Report on sanitation, dispensaries, and jails in Rajputana for 1916, and on vaccination for the year 1916-1917 - 1916-1917
Year: 1916
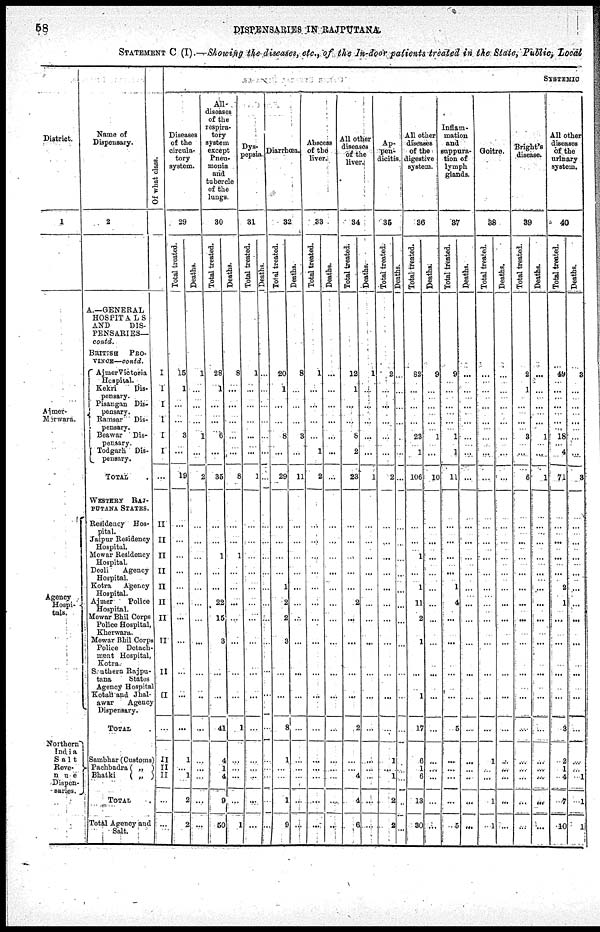
58
DISPENSARIES IN RAJPUTANA.
STATEMENT C (I).—Showing the diseases, etc., of the In-door patients treated in the State, Public, Local
District.
1
Ajmer-
Merwara.
Agency
Hospi-
tals.
Northern
India
Salt
Reve-
nue
Dispen-
saries.
Name of
Dispensary.
2
A.—GENERAL
HOSPITALS
AND
DIS-
PENSARIES—
contd.
BRITISH PRO-
VINCE—contd.
Ajmer Victoria
Hospital.
Kekri
Dis-
pensary.
Pisangan Dis-
pensary.
Ramsar Dis-
pensary.
Beawar Dis-
pensary.
Todgarh Dis-
pensary.
TOTAL .
WESTERN RAJ-
PUTANA STATES.
Residency Hos-
pital.
Jaipur Residency
Hospital.
Mewar Residency
Hospital.
Deoli
Agency
Hospital.
Kotra
Agency
Hospital.
Ajmer
Police
Hospital.
Mewar Bhil Corps
Police Hospital,
Kherwara.
Mewar Bhil Corps
Police Detach-
ment Hospital,
Kotra.
Southern Rajpu-
tana
States
Agency Hospital
Kotah and Jhal-
awar
Agency
Dispensary.
TOTAL .
Sambhar (Customs)
Pachbadra( „ )
Bhatki
( „ )
TOTAL .
Total Agency and
Salt.
Of what class.
I
I
1
I
I
I
...
II
II
II
II
II
II
II
--
II
II
...
II
II
II
...
...
SYSTEMIC
Diseases
of the
circula-
tory
system.
29
Total treated.
15
1
...
...
3
...
19
...
...
...
...
...
...
...
...
...
...
...
1
...
1
2
2
Deaths.
1
...
...
...
1
...
2
...
...
...
...
...
...
...
...
...
...
...
...
...
...
...
...
Al1-
diseases
of the
respira-
tory
system
except
Pneu-
monia
and
tubercle
of the
lungs.
30
Total treated.
28
1
...
...
6
...
35
...
...
1
...
...
22
15
3
...
...
41
4
1
4
9
50
Deaths.
8
...
...
...
...
...
8
...
...
1
...
...
...
...
...
...
...
1
...
...
...
...
1
Dys- pepsia.
31
Total treated.
1
...
...
...
...
...
1
...
...
...
...
...
...
...
...
...
...
...
...
...
...
...
...
Deaths.
...
...
...
...
...
...
...
...
...
...
...
...
...
...
...
...
...
...
...
...
...
...
...
Diarrhœa.
32
Total treated.
20
1
...
...
8
...
29
...
...
...
...
1
2
2
3
...
...
8
1
...
...
1
9
Deaths.
8
...
...
...
3
...
11
...
...
...
...
...
...
...
...
...
...
...
...
...
...
...
...
Abscess
of the
liver.
33
Total treated.
1
...
...
...
...
1
2
...
...
...
...
...
...
...
...
...
...
...
...
...
...
...
...
Deaths.
...
...
...
...
...
...
...
...
...
...
...
...
...
...
...
...
...
...
...
...
...
...
...
All other
diseases
of the
liver.
34
Total treated.
12
1
...
...
8
2
23
...
...
...
...
...
2
...
...
...
...
2
...
...
4
4
6
Deaths.
1
...
...
...
...
...
1
...
...
...
...
...
...
...
...
...
...
...
...
...
...
...
...
Ap-
pen-
dicitis.
35
Total treated.
2
...
...
...
...
...
2
...
...
...
...
...
...
...
...
...
...
...
1
...
1
2
2
Deaths.
...
...
...
...
...
...
...
...
...
...
...
...
...
...
...
...
...
...
...
...
...
...
...
All other
diseases
of the
digestive
system.
36
Total treated.
82
...
...
...
23
1
106
...
...
1
...
1
11
2
1
...
1
17
6
1
6
13
30
Deaths.
9
...
...
...
1
...
10
...
...
...
...
...
...
...
...
...
...
...
...
...
...
...
...
Inflam-
mation
and
suppura-
tion of
lymph
glands.
37
Total treated.
9
...
...
...
1
1
11
...
...
...
...
1
4
...
...
...
...
5
...
...
...
...
5
Deaths.
...
...
...
...
...
...
...
...
...
...
...
...
...
...
...
...
...
...
...
...
...
...
...
Goitre.
38
Total treated.
...
...
...
...
...
...
...
...
...
...
...
...
...
...
...
...
...
...
1
...
...
1
1
Deaths.
...
...
...
...
...
...
...
...
...
...
...
...
...
...
...
...
...
...
...
...
...
...
...
Bright's
disease.
39
Total treated.
2
1
...
...
3
...
6
...
...
...
...
...
...
...
...
...
...
...
...
...
...
...
...
Deaths.
...
...
...
...
1
...
1
...
...
...
...
...
...
...
...
...
...
...
...
...
...
...
...
All other
diseases
of the
urinary
system.
40
Total treated.
49
...
...
...
18
4
71
...
...
...
...
2
1
...
...
...
...
3
2
1
4
7
10
Deaths.
3
...
...
...
...
...
3
...
...
...
...
...
...
...
...
...
...
...
...
...
1
1
1